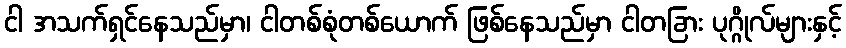
ငါ အသက်ရှင်နေသည်မှာ၊ ငါတစ်စုံတစ်ယောက် ဖြစ်နေသည်မှာ ငါတခြား ပုဂ္ဂိုလ်များနှင့်